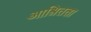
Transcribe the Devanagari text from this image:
आश्रितता